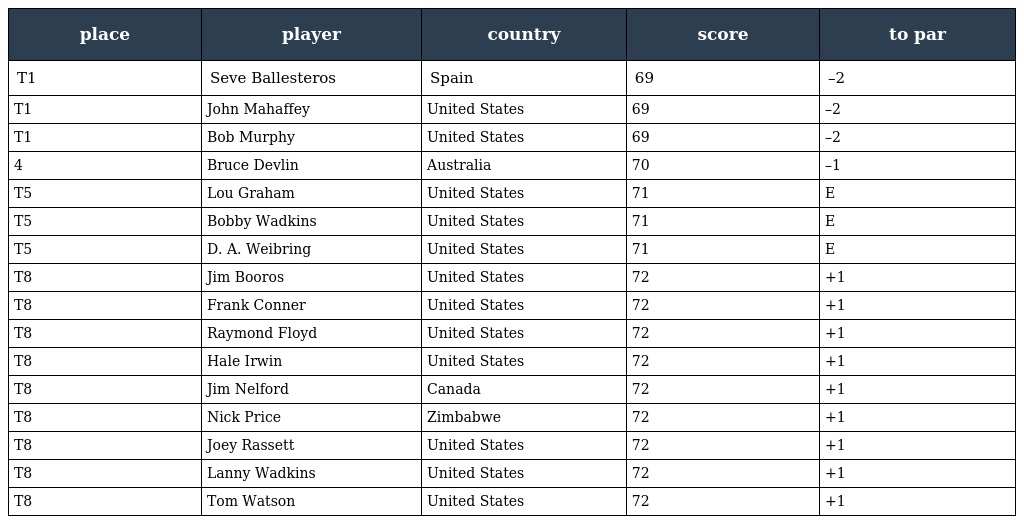
| place | player | country | score | to par |
 | --- | --- | --- | --- | --- |
 | T1 | Seve Ballesteros | Spain | 69 | –2 |
 | T1 | John Mahaffey | United States | 69 | –2 |
 | T1 | Bob Murphy | United States | 69 | –2 |
 | 4 | Bruce Devlin | Australia | 70 | –1 |
 | T5 | Lou Graham | United States | 71 | E |
 | T5 | Bobby Wadkins | United States | 71 | E |
 | T5 | D. A. Weibring | United States | 71 | E |
 | T8 | Jim Booros | United States | 72 | +1 |
 | T8 | Frank Conner | United States | 72 | +1 |
 | T8 | Raymond Floyd | United States | 72 | +1 |
 | T8 | Hale Irwin | United States | 72 | +1 |
 | T8 | Jim Nelford | Canada | 72 | +1 |
 | T8 | Nick Price | Zimbabwe | 72 | +1 |
 | T8 | Joey Rassett | United States | 72 | +1 |
 | T8 | Lanny Wadkins | United States | 72 | +1 |
 | T8 | Tom Watson | United States | 72 | +1 |